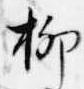
柳